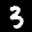
Label: 3